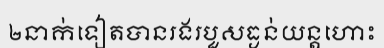
២នាក់ទៀតបានរងរបួសធ្ងន់យន្តហោះ